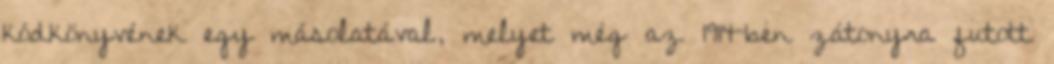
kódkönyvének egy másolatával, melyet még az 1914-ben zátonyra futott